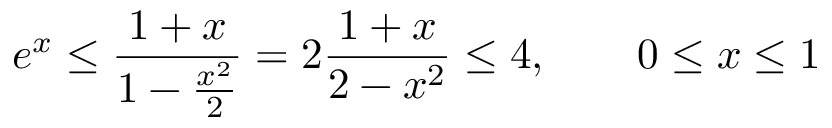
e ^ { x } \leq { \frac { 1 + x } { 1 - { \frac { x ^ { 2 } } { 2 } } } } = 2 { \frac { 1 + x } { 2 - x ^ { 2 } } } \leq 4 , \qquad 0 \leq x \leq 1